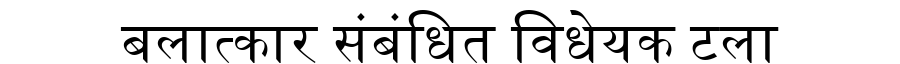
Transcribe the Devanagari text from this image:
बलात्कार संबंधित विधेयक टला